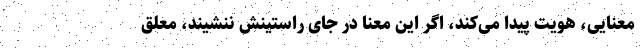
معنایی، هویت پیدا می‌کند، اگر این معنا در جای راستینش ننشیند، معلق